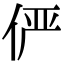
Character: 俨